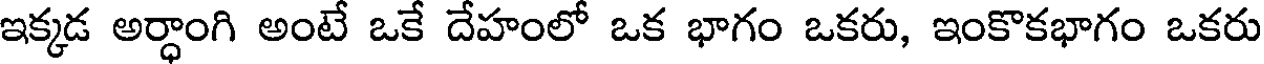
ఇక్కడ అర్ధాంగి అంటే ఒకే దేహంలో ఒక భాగం ఒకరు, ఇంకొకభాగం ఒకరు